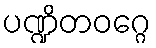
ပဏ္ဍိတဝဂ္ဂေ